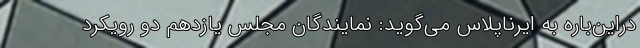
دراین‌باره به ایرناپلاس می‌گوید: نمایندگان مجلس یازدهم دو رویکرد